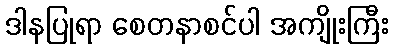
ဒါနပြုရာ စေတနာစင်ပါ အကျိုးကြီး